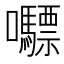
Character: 𭍇